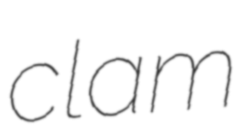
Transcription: clam